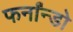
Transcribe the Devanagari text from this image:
फर्नांन्डो